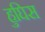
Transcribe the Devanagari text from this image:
हुघिस